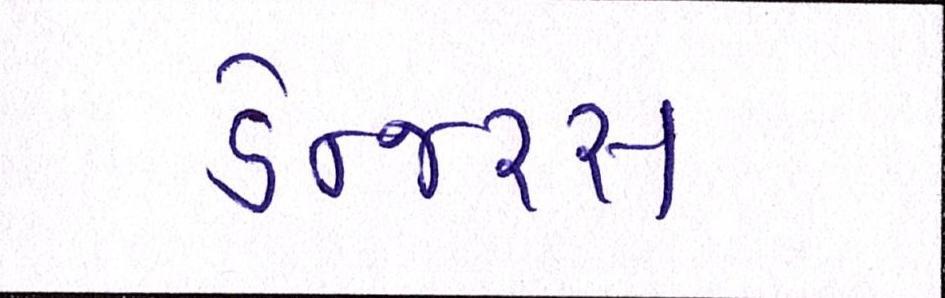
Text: ડેન્જરસ